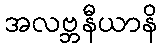
အလဗ္ဘနီယာနိ